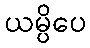
ယမ္ပိပေ